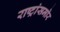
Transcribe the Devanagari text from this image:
राष्ट्रांसमोर